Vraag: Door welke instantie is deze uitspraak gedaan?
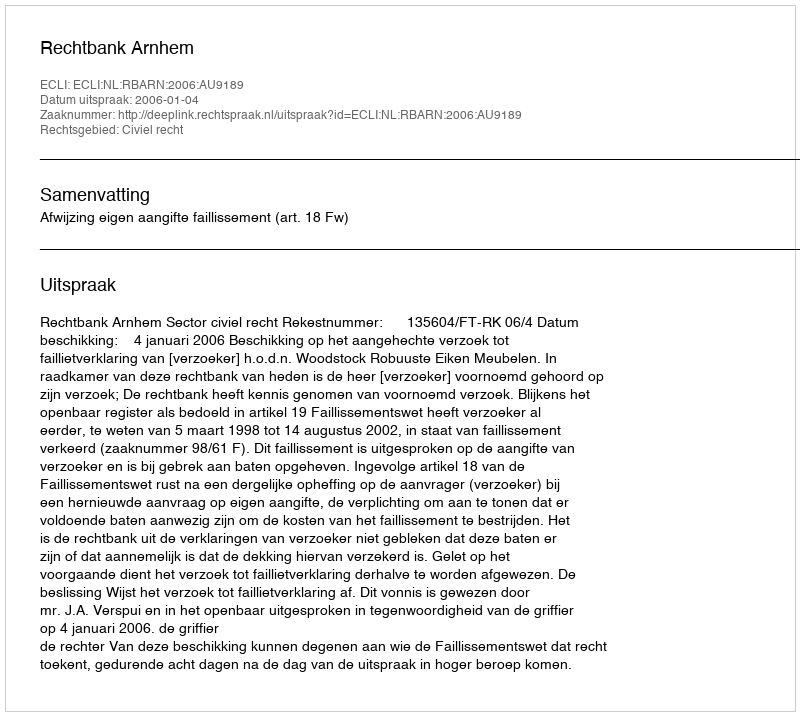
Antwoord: Rechtbank Arnhem